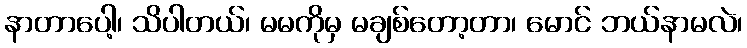
နာတာပေါ့၊ သိပါတယ်၊ မမကိုမှ မချစ်တော့တာ၊ မောင် ဘယ်နာမလဲ၊